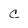
Character: c